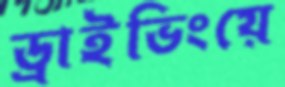
ড্রাইভিংয়ে